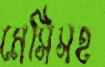
মেসিসহ